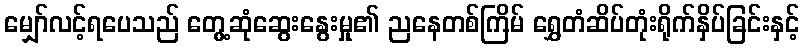
မျှော်လင့်ရပေသည် တွေ့ဆုံဆွေးနွေးမှု၏ ညနေတစ်ကြိမ် ရွှေတံဆိပ်တုံးရိုက်နှိပ်ခြင်းနှင့်